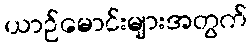
ယာဉ်မောင်းများအတွက်